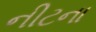
નીટના